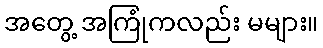
အတွေ့ အကြုံကလည်း မများ။